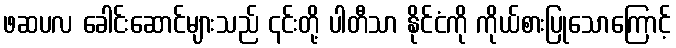
ဖဆပလ ခေါင်းဆောင်များသည် ၎င်းတို့ ပါတီသာ နိုင်ငံကို ကိုယ်စားပြုသောကြောင့်